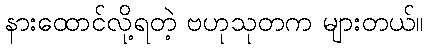
နားထောင်လို့ရတဲ့ ဗဟုသုတက များတယ်။